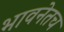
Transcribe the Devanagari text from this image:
भावनेतच